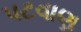
પટવાણ